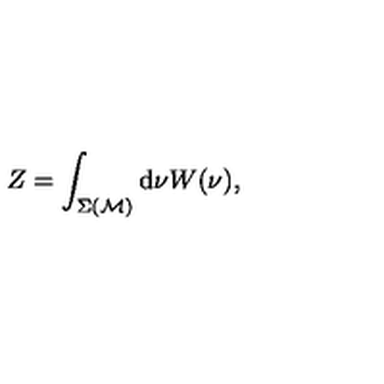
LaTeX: Z = \int _ { \Sigma ( { \cal M } ) } \mathrm { d } \nu W ( \nu ) ,